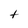
Character: t